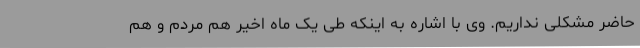
حاضر مشکلی نداریم. وی با اشاره به اینکه طی یک ماه اخیر هم مردم و هم